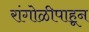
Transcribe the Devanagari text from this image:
रांगोळीपाहून